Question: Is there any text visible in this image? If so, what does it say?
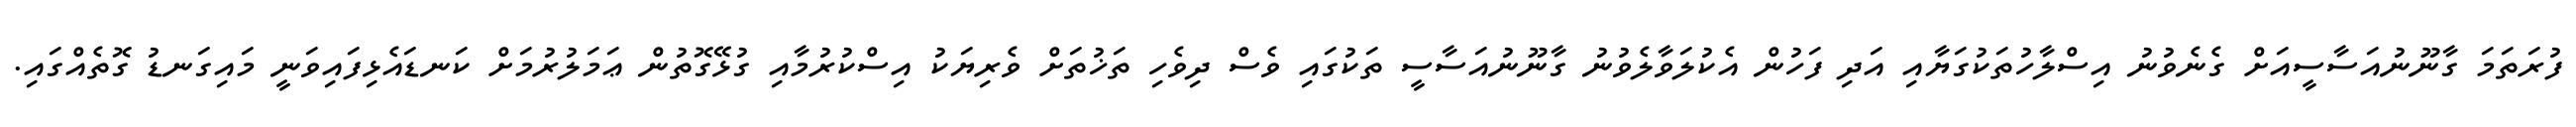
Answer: ފުރަތަމަ ގާނޫނުއަސާސީއަށް ގެނެވުނު އިސްލާހުތަކުގަޔާއި އަދި ފަހުން އެކުލަވާލެވުނު ގާނޫނުއަސާސީ ތަކުގައި ވެސް ދިވެހި ތަޚުތަށް ވެރިޔަކު އިސްކުރުމާއި ގުޅޭގޮތުން ޢަމަލުރުމަށް ކަނޑައެޅިފައިވަނީ މައިގަނޑު ގޮތެއްގައި.